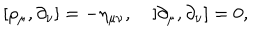
[ \rho _ { \mu } , \partial _ { \nu } ] = - \eta _ { \mu \nu } , \quad [ \partial _ { \mu } , \partial _ { \nu } ] = 0 ,